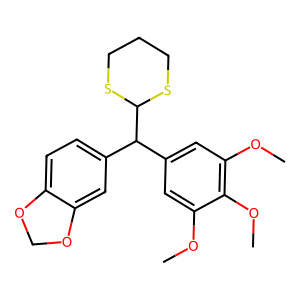
SMILES: COc1cc(C(c2ccc3c(c2)OCO3)C2SCCCS2)cc(OC)c1OC
Inhibits HIV replication: No